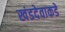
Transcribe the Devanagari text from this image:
खंडदेवाकडे